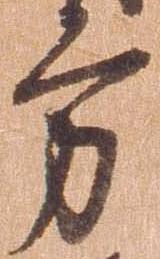
方